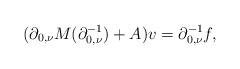
LaTeX: \begin{align*} (\partial_{0,\nu}M(\partial_{0,\nu}^{-1})+A)v=\partial_{0,\nu}^{-1}f,\end{align*}